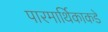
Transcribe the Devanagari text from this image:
पारमार्थिकाकडे